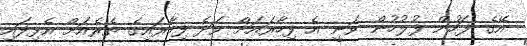
އޭގެ ފަހުން ފުލުހުން ވަނީ އެ ފިހާރައަށް ވަދެ ފިހާރައިގެ ތެރެއަށް އެޅިފައި